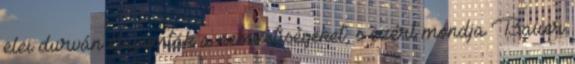
elei durván elnyomták a nemzetiségeket, s ezért mondja Bauer